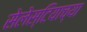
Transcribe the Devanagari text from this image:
सेलेस्टियाच्या